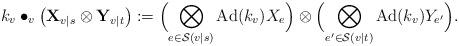
LaTeX: \begin{align*}k_v\bullet_v\bigl(\mathbf{X}_{v|s}\otimes\mathbf{Y}_{v|t}\bigr):=\Bigl(\bigotimes_{e\in\mathcal{S}(v|s)}\textup{Ad}(k_v)X_e\Bigr)\otimes\Bigl(\bigotimes_{e^\prime\in\mathcal{S}(v|t)}\textup{Ad}(k_v)Y_{e^\prime}\Bigr).\end{align*}